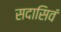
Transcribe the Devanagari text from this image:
सदासिवं